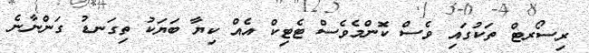
ރިސޯރޓް ތަކުގައި ވެސް ކޮންމެވެސް ޓެޓިކް އެއް ކިޔާ ބަޔަކު ތިގަނޑު ގަންނާނެ